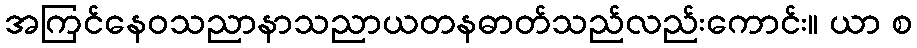
အကြင်နေဝသညာနာသညာယတနဓာတ်သည်လည်းကောင်း။ ယာ စ